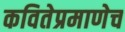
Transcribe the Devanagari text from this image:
कवितेप्रमाणेच